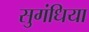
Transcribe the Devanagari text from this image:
सुगंधिया